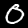
Digit: 0